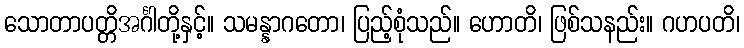
သောတာပတ္တိအင်္ဂါတို့နှင့်။ သမန္နာဂတော၊ ပြည့်စုံသည်။ ဟောတိ၊ ဖြစ်သနည်း။ ဂဟပတိ၊